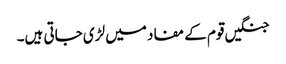
جنگیں قوم کے مفاد میں لڑی جاتی ہیں۔